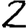
Digit: 2